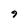
Character: 9